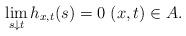
LaTeX: \begin{align*}\lim _{s\downarrow t} h_{x,t}(s) =0 \ (x,t)\in A.\end{align*}